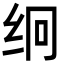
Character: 䌹